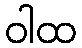
ဝါထ